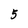
Character: 5